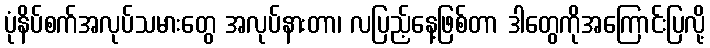
ပုံနိပ်စက်အလုပ်သမားတွေ အလုပ်နားတာ၊ လပြည့်နေ့ဖြစ်တာ ဒါတွေကိုအကြောင်းပြလို့